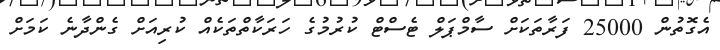
އެގޮތުން 25000 ފަރާތަކަށް ސާމްޕަލް ޓެސްޓް ކުރުމުގެ ހަރަކާތްތަކެއް ކުރިއަށް ގެންދާނެ ކަމަށް